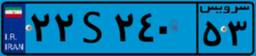
۲۲S۲۴۰۵۳